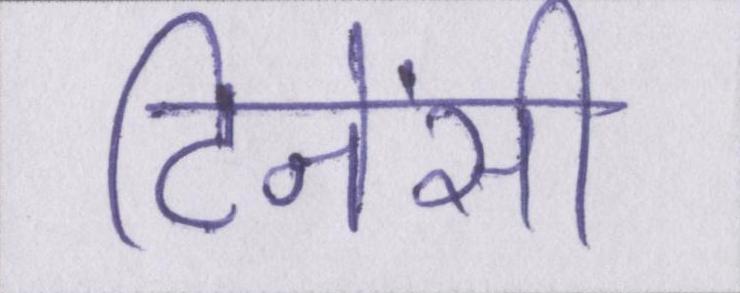
टिनेंसी